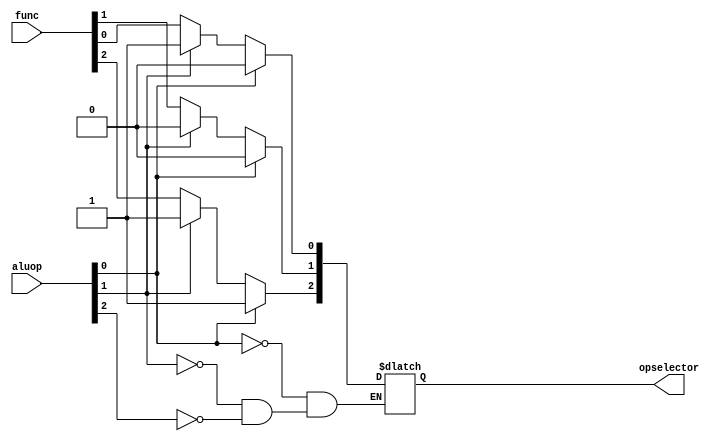
`timescale 1ns / 1ps
//////////////////////////////////////////////////////////////////////////////////
// Company: 
// Engineer: 
// 
// Design Name: 
// Module Name:    alucontrol 
// Project Name: 
// Target Devices: 
// Tool versions: 
// Description: 
//
// Dependencies: 
//
// Revision: 
// Revision 0.01 - File Created
// Additional Comments: 
//
//////////////////////////////////////////////////////////////////////////////////
module alucontrol(
      input [3:0] func,
		input [2:0] aluop,
		output reg[2:0] opselector
    );
	// integer temp;
	 always @*
	 begin
	 if(aluop[0]==1)
	    opselector<=3'b100;
	 else if(aluop[1]==1)
	    opselector<=3'b101;
	 else if(aluop[2]==1)
	 begin
	    opselector[0]<=func[0] ;
		 opselector[1]<=func[1] ;
		 opselector[2]<=func[2] ;
		 end
	 
	 end


endmodule